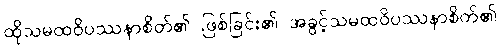
ထိုသမထဝိပဿနာစိတ်၏ ဖြစ်ခြင်း၏ အခွင့်သမထဝိပဿနာစိတ်၏